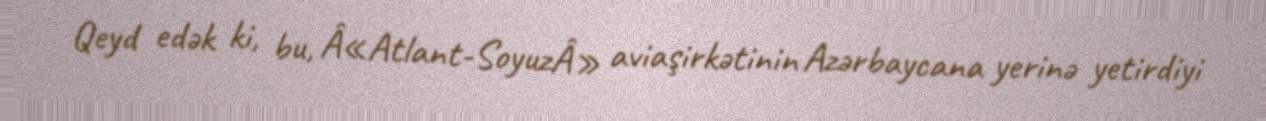
Qeyd edək ki, bu, Â«Atlant-SoyuzÂ» aviaşirkətinin Azərbaycana yerinə yetirdiyi